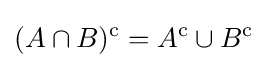
(A\cap B)^{\operatorname {c} }=A^{\operatorname {c} }\cup B^{\operatorname {c} }